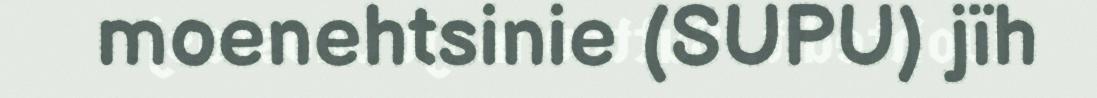
moenehtsinie (SUPU) jïh